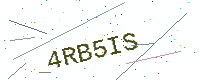
Text: 4RB5IS